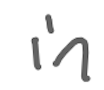
Text: in
Cross-out: clean
Writing tool: digital_gray